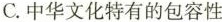
C.中华文化特有的包容性